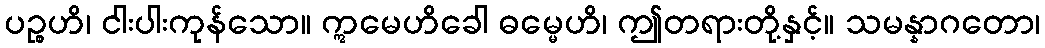
ပဉ္စဟိ၊ ငါးပါးကုန်သော။ ဣမေဟိခေါ ဓမ္မေဟိ၊ ဤတရားတို့နှင့်။ သမန္နာဂတော၊